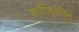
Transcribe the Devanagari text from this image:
अपरिवर्तनित